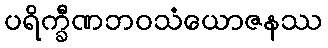
ပရိက္ခီဏဘဝသံယောဇနဿ